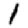
Digit: 1